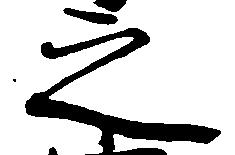
之